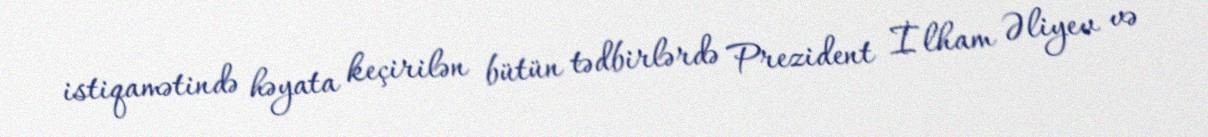
istiqamətində həyata keçirilən bütün tədbirlərdə Prezident İlham Əliyev və